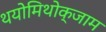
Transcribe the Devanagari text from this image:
थयोमिथोक्‍जाम